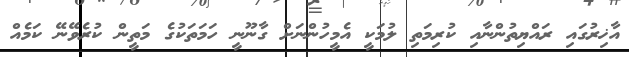
އާޚިރުގައި ރައްޔިތުންނާއި ކުރިމަތި ލުމަކީ އެމީހުންނަށް ގާނޫނީ ހަމަތަކުގެ މަތީން ކުރެވޭނޭ ކަމެއް